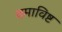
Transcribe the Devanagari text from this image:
तमाविष्ट